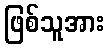
ဖြစ်သူအား